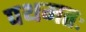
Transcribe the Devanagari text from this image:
पथमतः